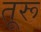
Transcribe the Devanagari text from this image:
तूरू